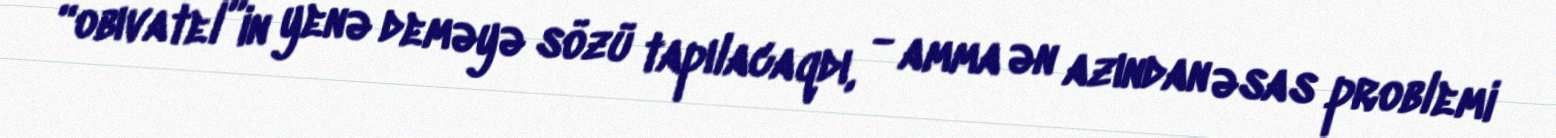
“obıvatel”in yenə deməyə sözü tapılacaqdı, - amma ən azından əsas problemi